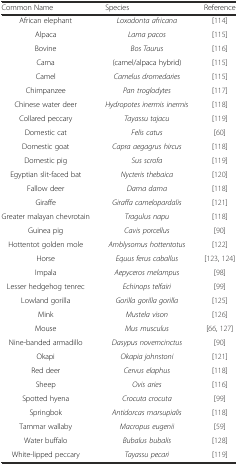
| Common Name | Species | Reference |
 | --- | --- | --- |
 | African elephant | Loxodonta africana | [114] |
 | Alpaca | Lama pacos | [115] |
 | Bovine | Bos Taurus | [116] |
 | Cama | (camel/alpaca hybrid) | [115] |
 | Camel | Camelus dromedaries | [115] |
 | Chimpanzee | Pan troglodytes | [117] |
 | Chinese water deer | Hydropotes inermis inermis | [118] |
 | Collared peccary | Tayassu tajacu | [119] |
 | Domestic cat | Felis catus | [60] |
 | Domestic goat | Capra aegagrus hircus | [118] |
 | Domestic pig | Sus scrofa | [119] |
 | Egyptian slit-faced bat | Nycteris thebaica | [120] |
 | Fallow deer | Dama dama | [118] |
 | Giraffe | Giraffa camelopardalis | [121] |
 | Greater malayan chevrotain | Tragulus napu | [118] |
 | Guinea pig | Cavis porcellus | [90] |
 | Hottentot golden mole | Amblysomus hottentotus | [122] |
 | Horse | Equus ferus caballus | [123, 124] |
 | Impala | Aepyceros melampus | [98] |
 | Lesser hedgehog tenrec | Echinops telfairi | [99] |
 | Lowland gorilla | Gorilla gorilla gorilla | [125] |
 | Mink | Mustela vison | [126] |
 | Mouse | Mus musculus | [66, 127] |
 | Nine-banded armadillo | Dasypus novemcinctus | [90] |
 | Okapi | Okapia johnstoni | [121] |
 | Red deer | Cervus elaphus | [118] |
 | Sheep | Ovis aries | [116] |
 | Spotted hyena | Crocuta crocuta | [99] |
 | Springbok | Antidorcas marsupialis | [118] |
 | Tammar wallaby | Macropus eugenii | [59] |
 | Water buffalo | Bubalus bubalis | [128] |
 | White-lipped peccary | Tayassu pecari | [119] |